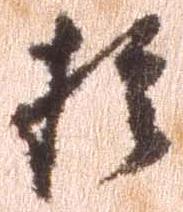
於